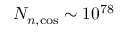
N _ { n , \mathrm { c o s } } \sim 1 0 ^ { 7 8 }